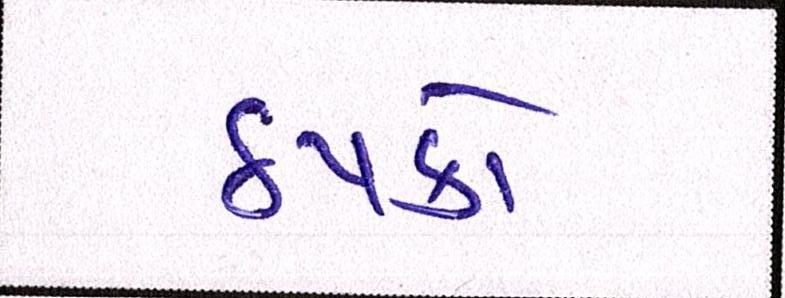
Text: ઠપકો